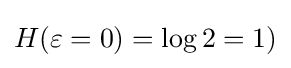
H(\varepsilon =0)=\log 2=1)